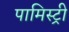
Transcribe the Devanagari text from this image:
पामिस्ट्री